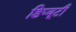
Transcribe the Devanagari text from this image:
डिप्यूटी